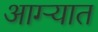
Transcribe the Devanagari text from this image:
आग्ऱ्यात